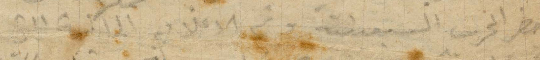
حضر الحرب السبعينية وثم الاعلام الملكية التي